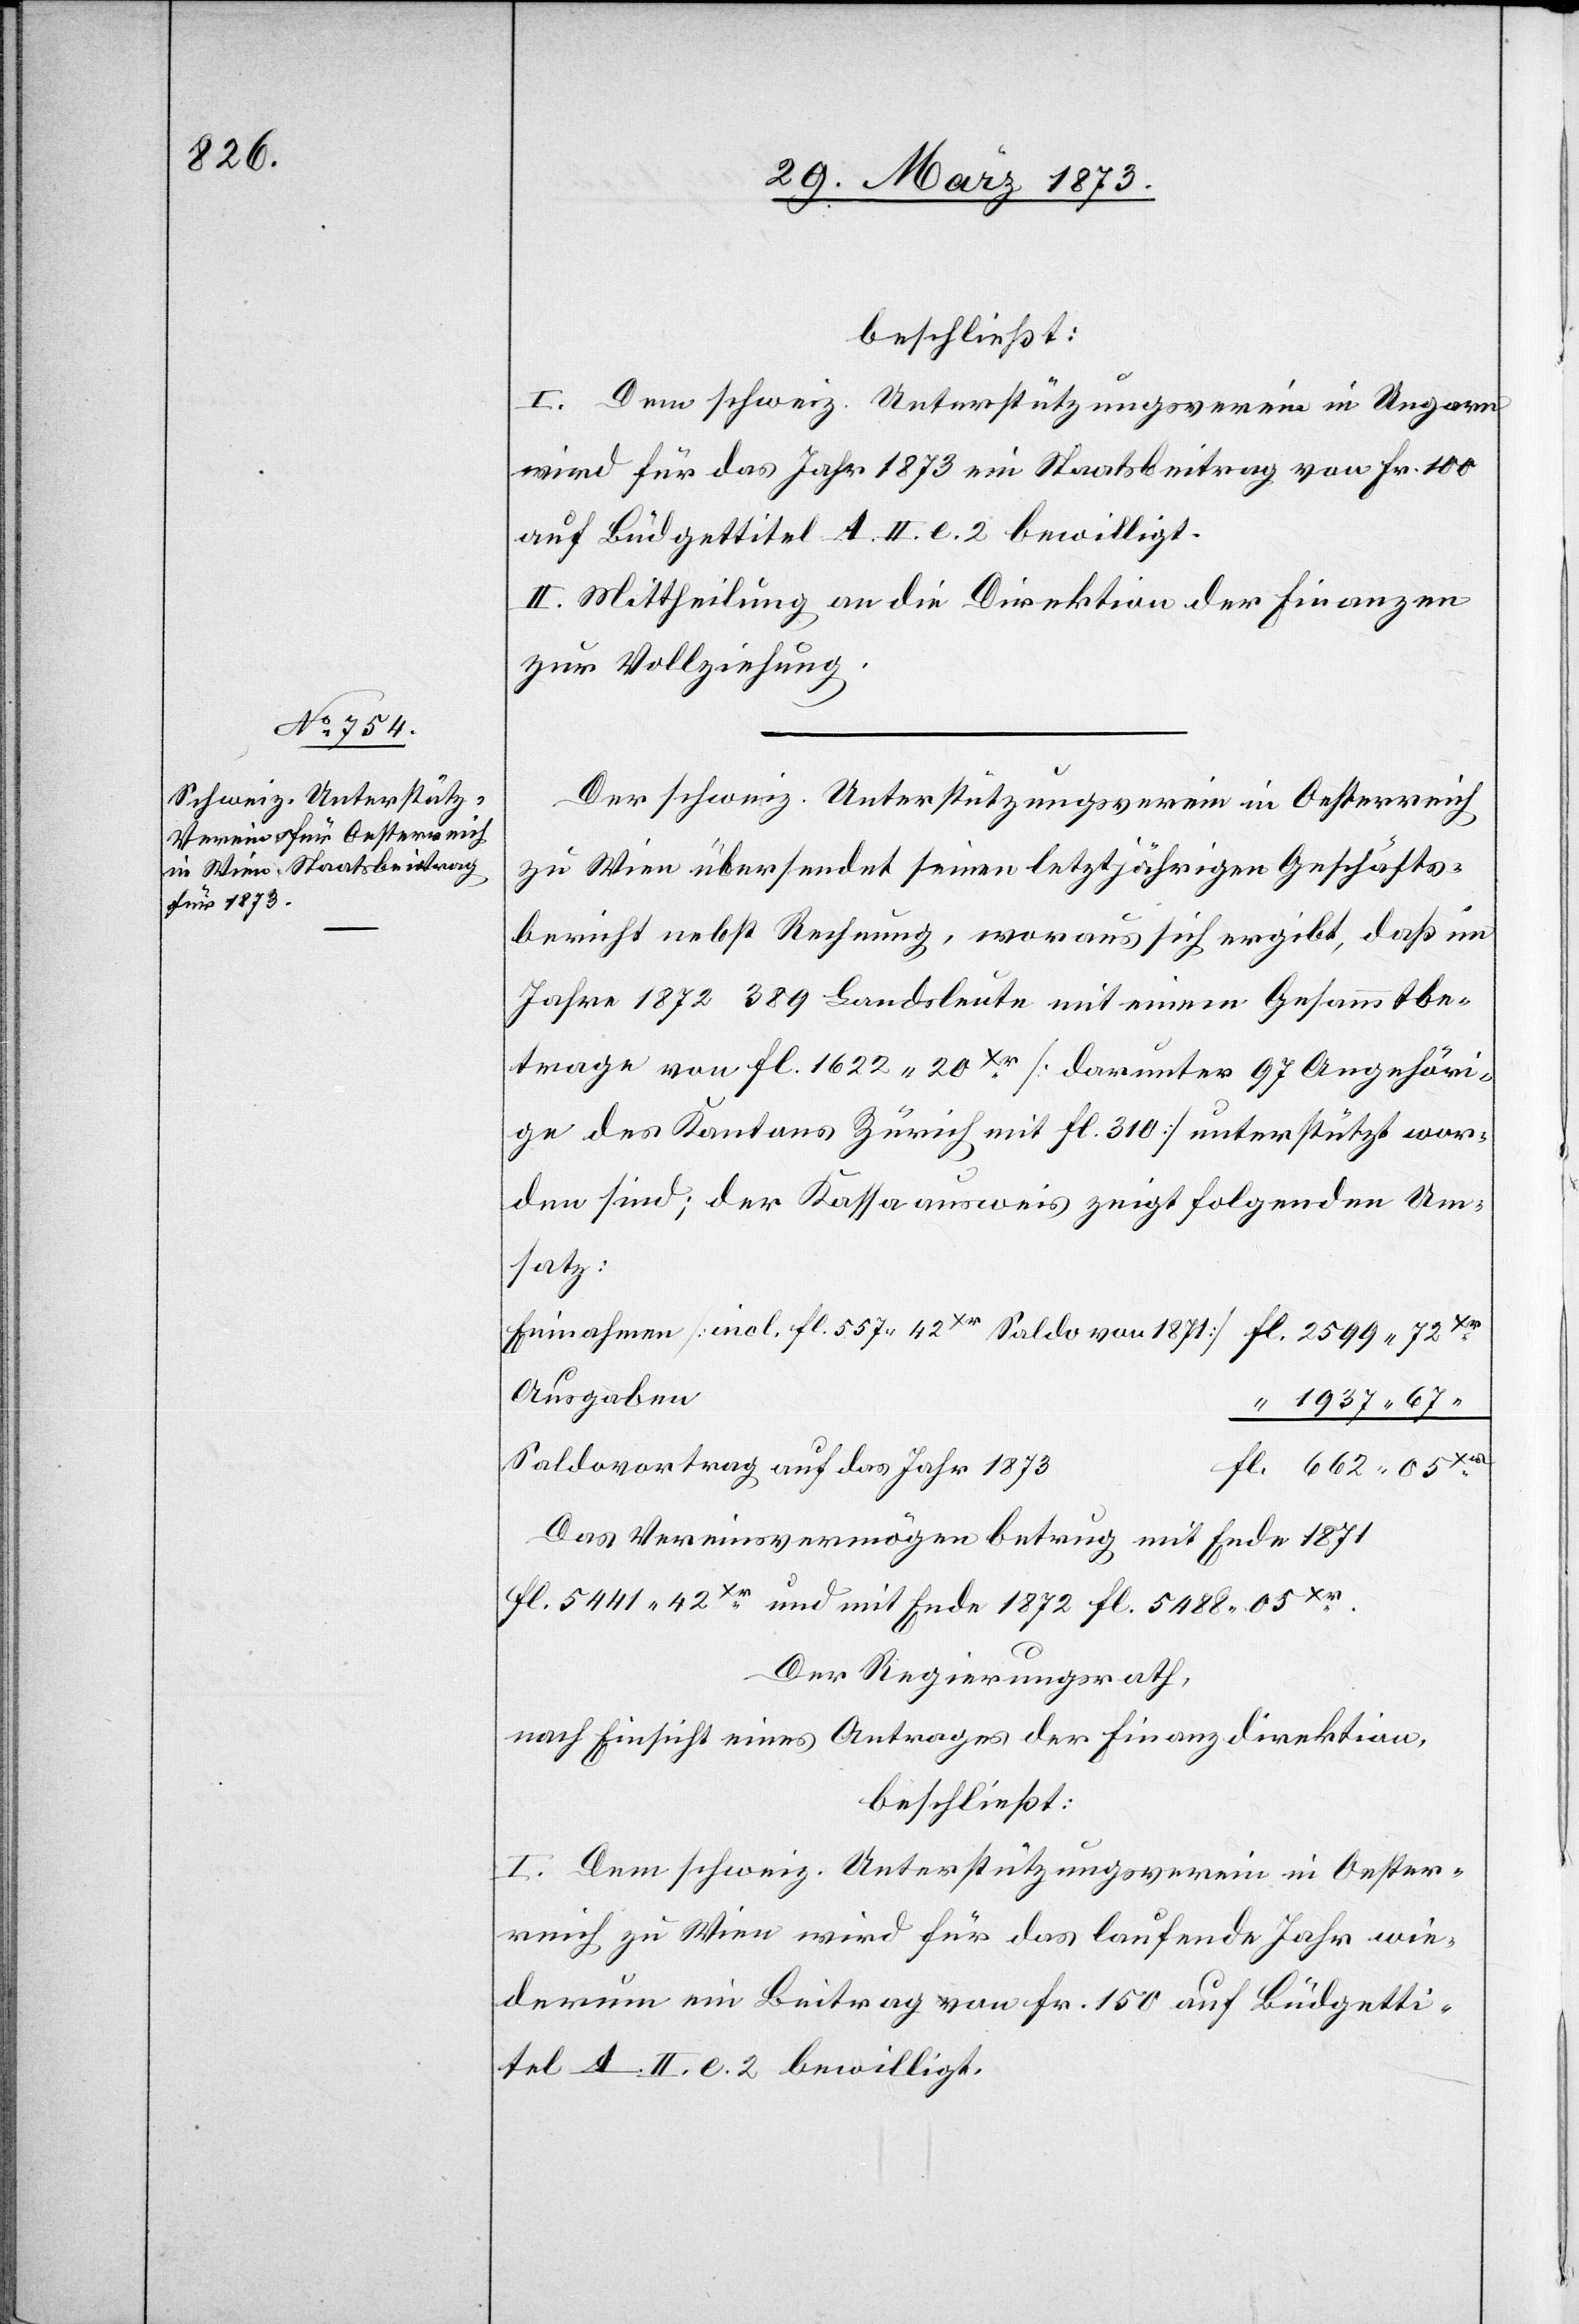
beschließt:
I. Dem schweiz. Unterstützungsverein in Ungarn
wird für das Jahr 1873 ein Staatsbeitrag von Fr. 100
auf Büdgettitel A. II. l. 2 bewilligt.
II. Mittheilung an die Direktion der Finanzen
zur Vollziehung.
Der schweiz. Unterstützungsverein in Oesterreich
zu Wien übersendet seinen letztjährigen Geschäfts¬
bericht nebst Rechnung, woraus sich ergibt, daß im
Jahre 1872 389 Landsleute mit einem Gesammtbe¬
trage von fl. 1622. 20 Xr [darunter 97 Angehöri¬
ge des Kantons Zürich mit fl. 310] unterstützt wor¬
den sind; der Kassaausweis zeigt folgenden Um¬
satz:
Einnahmen [incl. fl. 557. 42 Xr Saldo von 1871] fl. 2599. 72 Xr
Ausgaben
“ 1937. 67
fl. 662. 05 Xr
Saldovortrag auf das Jahr 1873
Das Vereinsvermögen betrug mit Ende 1871
fl. 5441. 42 Xr und mit Ende 1872 fl. 5488. 95 Xr.
Der Regierungsrath,
nach Einsicht eines Antrages der Finanzdirektion,
beschließt:
I. Dem schweiz. Unterstützungsverein in Oester¬
reich zu Wien wird für das laufende Jahr wie¬
derum ein Betrag von Fr. 150 auf Büdgetti¬
tel A. II. l. 2 bewilligt.